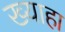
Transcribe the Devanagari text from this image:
ख्याहा